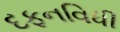
દફનવિધી